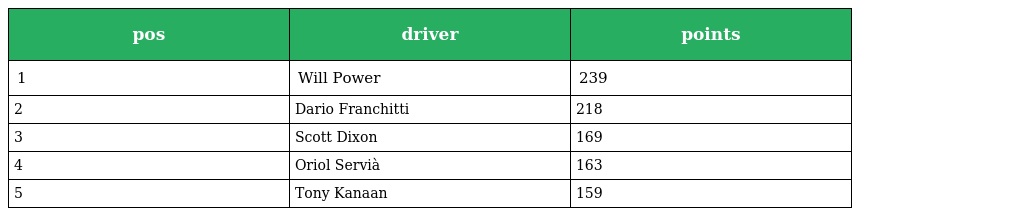
| pos | driver | points |
 | --- | --- | --- |
 | 1 | Will Power | 239 |
 | 2 | Dario Franchitti | 218 |
 | 3 | Scott Dixon | 169 |
 | 4 | Oriol Servià | 163 |
 | 5 | Tony Kanaan | 159 |